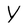
Character: V